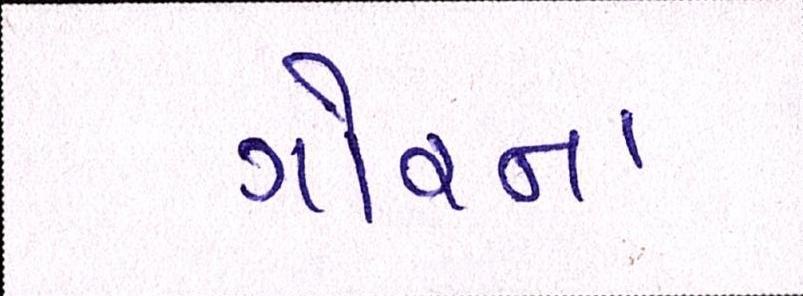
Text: ગોરના